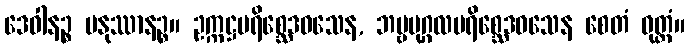
ဒေဝါနဉ္စ မနုဿာနဉ္စ။ ဥက္ကဋ္ဌပရိစ္ဆေဒဝသေန, ဘဗ္ဗပုဂ္ဂလပရိစ္ဆေဒဝသေန စေတံ ဝုတ္တံ။